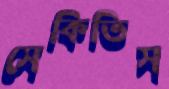
সেকিতিস